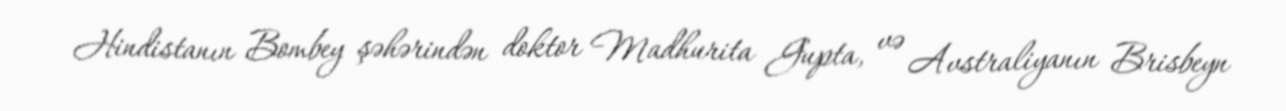
Hindistanın Bombey şəhərindən doktor Madhurita Gupta, və Avstraliyanın Brisbeyn